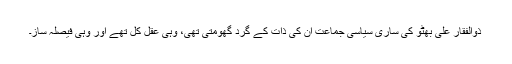
ذوالفقار علی بھٹو کی ساری سیاسی جماعت اُن کی ذات کے گرد گھومتی تھی، وہی عقلِ کُل تھے اور وہی فیصلہ ساز۔